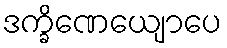
ဒက္ခိဏေယျောပေ